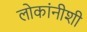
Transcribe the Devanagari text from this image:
लोकांनीशी